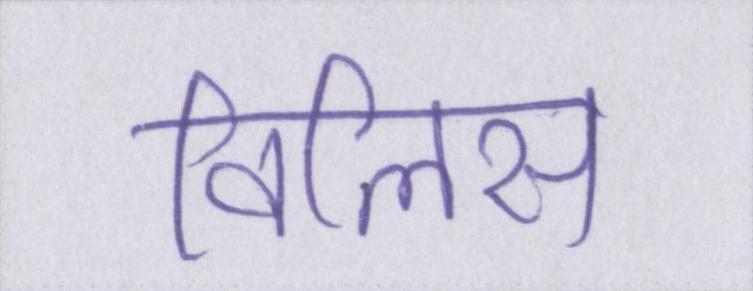
विलिस